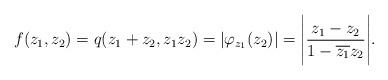
LaTeX: \begin{align*}f(z_1, z_2)=q(z_1 + z_2, z_1 z_2)=|\varphi_{z_1} (z_2)|=\Bigg|\frac{z_1 -z_2}{1-\overline{z_1}z_2}\Bigg|.\end{align*}